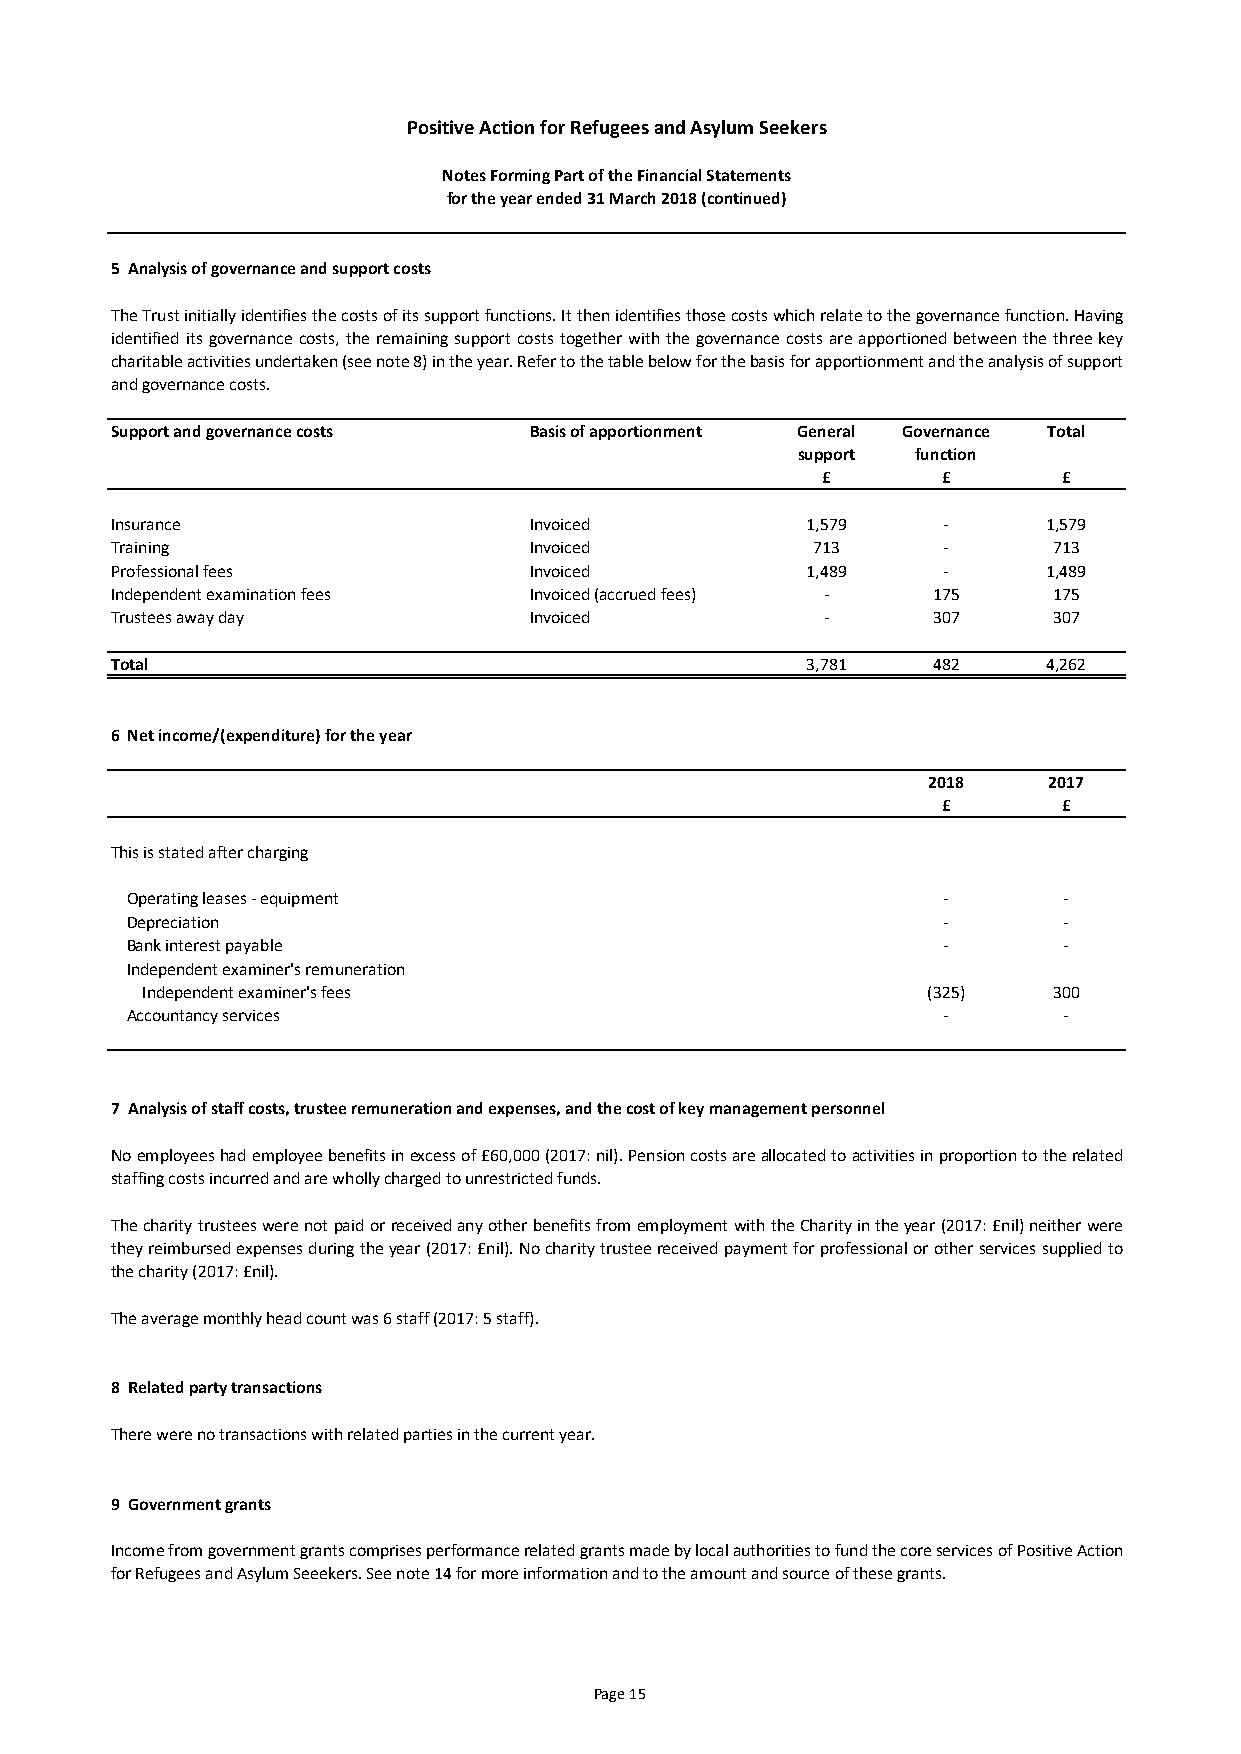
Positive Action for Refugees and Asylum Seekers
 Notes Forming Part of the Financial Statements
 for the year ended 31 March 2018 (continued)
 5 Analysis of governance and support costs
 TheTrustinitiallyidentifiesthecostsofitssupportfunctions.Itthenidentifiesthosecostswhichrelatetothegovernancefunction.Having
 identifieditsgovernancecosts,theremainingsupportcoststogetherwiththegovernancecostsareapportionedbetweenthethreekey
 charitableactivitiesundertaken(seenote8)intheyear.Refertothetablebelowforthebasisforapportionmentandtheanalysisofsupport
 and governance costs.
 Support and governance costs Basis of apportionment General Governance Total
 support function
 £       £       £
 Insurance                   Invoiced          1,579    -      1,579
 Training                    Invoiced           713     -       713
 Professional fees           Invoiced          1,489    -      1,489
 Independent examination fees Invoiced (accrued fees) - 175     175
 Trustees away day           Invoiced           -       307     307
 Total                                         3,781    482    4,262
 6 Net income/(expenditure) for the year
 2018    2017
 £       £
 This is stated after charging
 Operating leases - equipment                          -       -
 Depreciation                                          -       -
 Bank interest payable                                 -       -
 Independent examiner's remuneration
 Independent examiner's fees                         (325)    300
 Accountancy services                                  -       -
 7 Analysis of staff costs, trustee remuneration and expenses, and the cost of key management personnel
 Noemployeeshademployeebenefitsinexcessof£60,000(2017:nil).Pensioncostsareallocatedtoactivitiesinproportiontotherelated
 staffing costs incurred and are wholly charged to unrestricted funds.
 ThecharitytrusteeswerenotpaidorreceivedanyotherbenefitsfromemploymentwiththeCharityintheyear(2017:£nil)neitherwere
 theyreimbursedexpensesduringtheyear(2017:£nil).Nocharitytrusteereceivedpaymentforprofessionalorotherservicessuppliedto
 the charity (2017: £nil).
 The average monthly head count was 6 staff (2017: 5 staff).
 8 Related party transactions
 There were no transactions with related parties in the current year.
 9 Government grants
 IncomefromgovernmentgrantscomprisesperformancerelatedgrantsmadebylocalauthoritiestofundthecoreservicesofPositiveAction
 for Refugees and Asylum Seeekers. See note 14 for more information and to the amount and source of these grants.
 Page 15